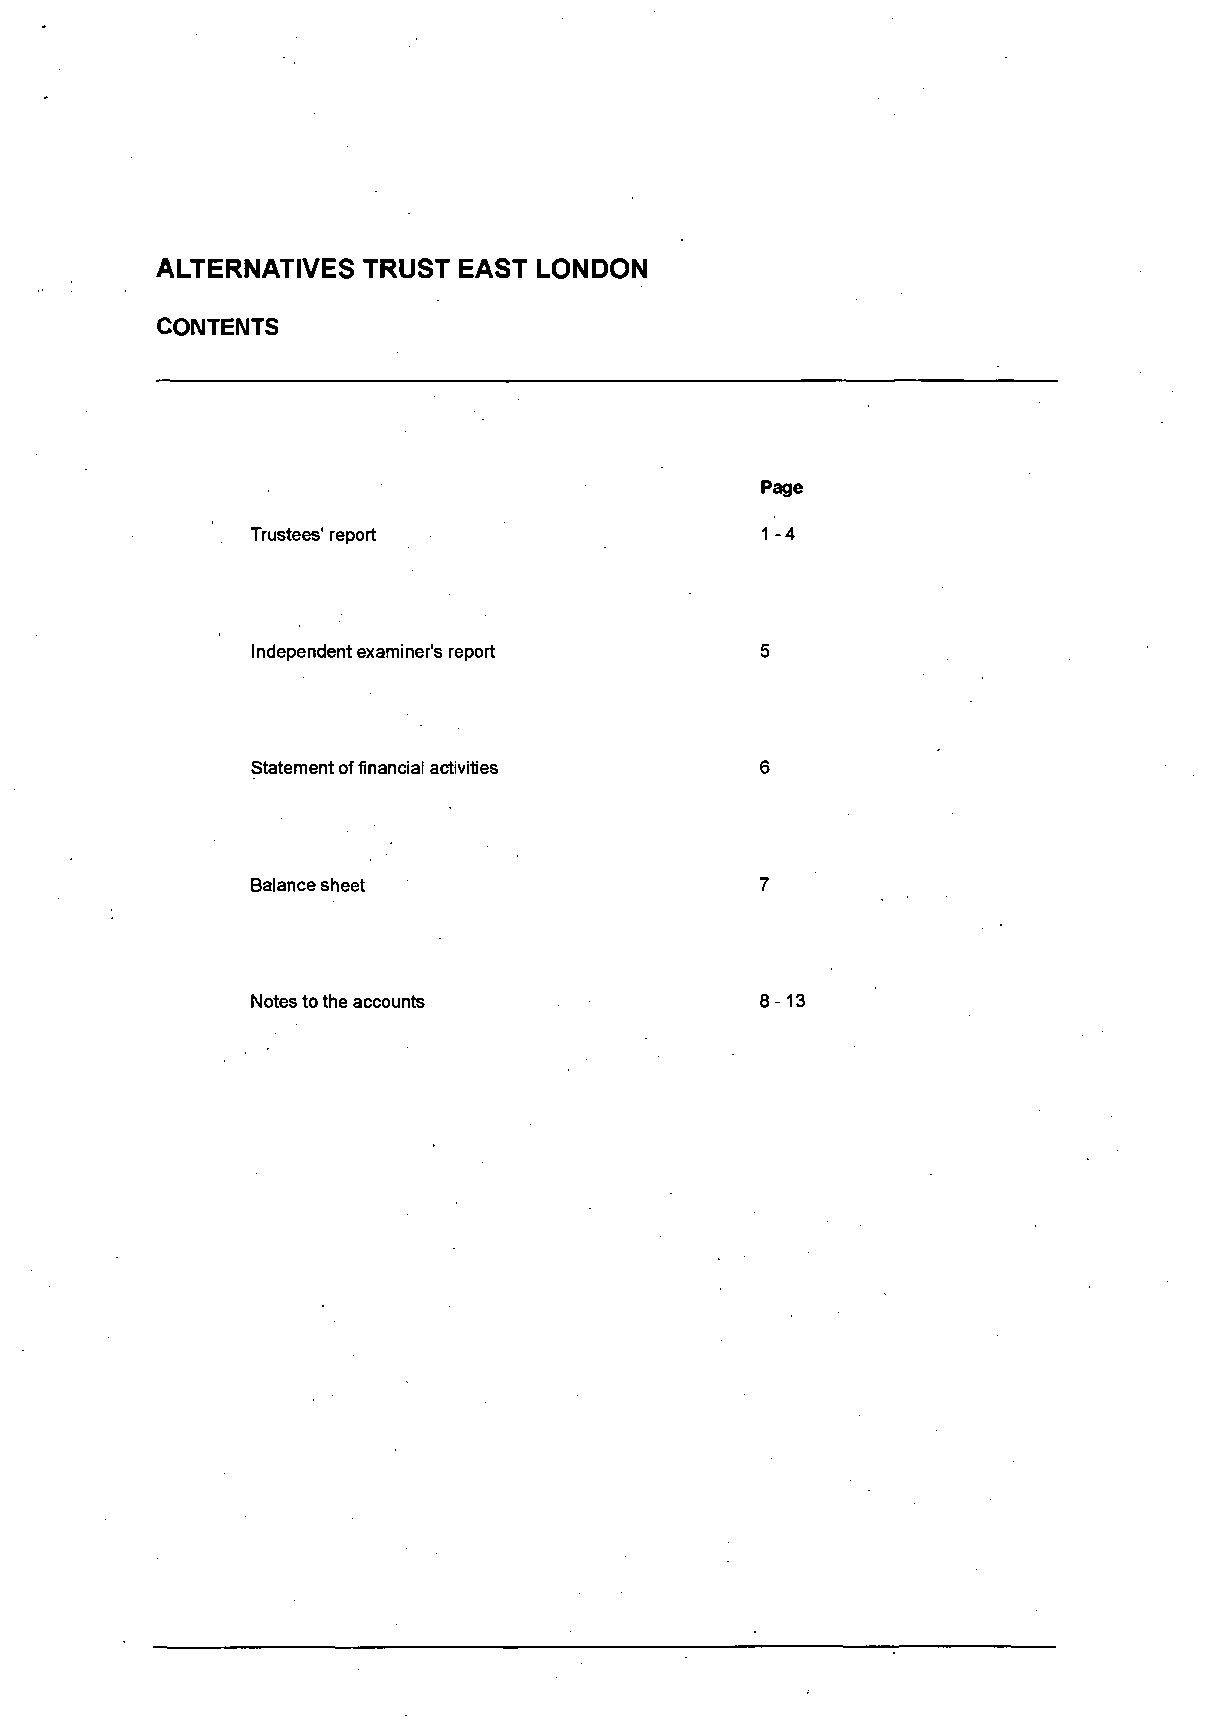
ALTERNATIVES  TRUST EAST LONDON
 CONTENTS
 Page
 Trustees' report                  1-4
 Independent examiner's report    5
 Statement of financial activities 6
 Balance sheet                    7
 Notes to the accounts             8-13